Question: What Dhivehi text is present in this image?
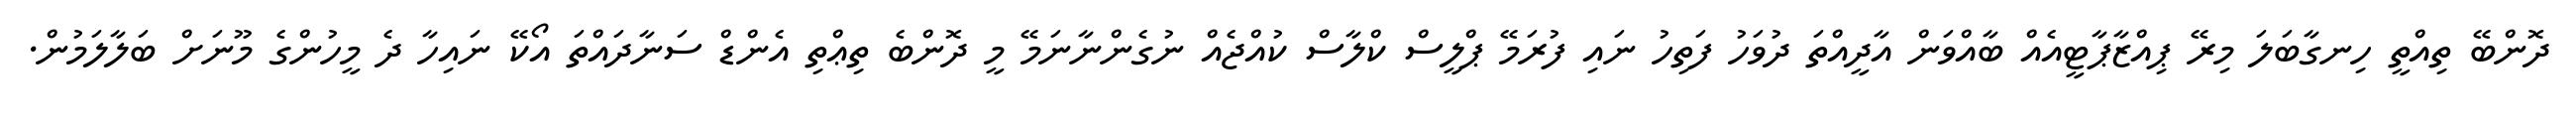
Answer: ދޮންބޭ ތިއްތީ ހިނގާބަލަ މިރޭ ޕިއްޒާޕާޓީއެއް ބާއްވަން އާދީއްތަ ދުވަހު ފަތިހު ނައި ފުރަމޭ ޕްލީސް ކްލާސް ކުއްޖެއް ނުގެންނާނަމޭ މީ ދޮންބެ ތިޢްތި އެންޑް ސަނާދައްތަ އޯކޭ ނައިހާ ދެ މީހުންގެ މޫނަށް ބަލާލަމުން.